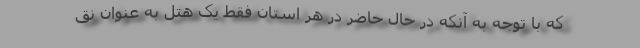
که با توجه به آنکه در حال حاضر در هر استان فقط یک هتل به عنوان نق